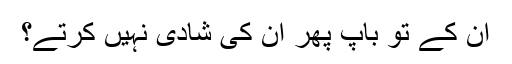
ان کے تو باپ پھر ان کی شادی نہیں کرتے؟